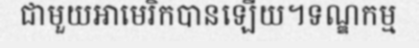
ជាមួយអាមេរិកបានឡើយ។ទណ្ឌកម្ម